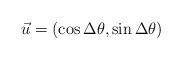
LaTeX: \begin{align*}\vec u=(\cos \Delta \theta, \sin \Delta \theta)\end{align*}